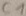
Text: C1